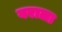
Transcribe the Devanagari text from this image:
बराला